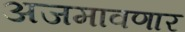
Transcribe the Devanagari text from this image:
अजमावणार